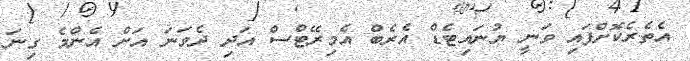
އެތެރެކޮށްފައި ވަނީ ޔުނައިޓެޑް އެރެބް އެމިރޭޓްސް އަދި ދެވަނަ އަށް އެންމެ ގިނަ